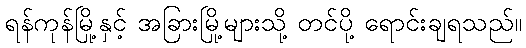
ရန်ကုန်မြို့နှင့် အခြားမြို့များသို့ တင်ပို့ ရောင်းချရသည်။